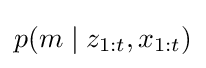
p(m\mid z_{1:t},x_{1:t})